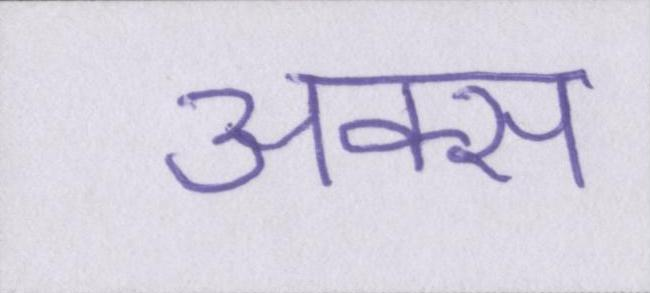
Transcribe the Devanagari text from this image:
अक्स